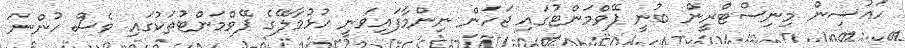
ހައުސިން މިނިސްޓްރީން ބުނީ ޕޭވްމަންޓުގައި ޖަހަން ނިންމާފައިވަނީ ހުޅުމާލޭގެ ޕޭވްމަންޓުތަކުގައި ވެސް ހުންނަ